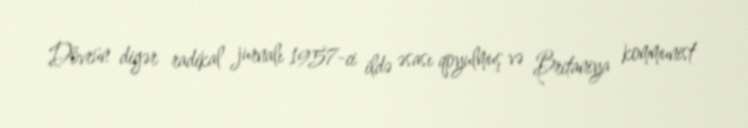
Dövrün digər radikal jurnalı 1957-ci ildə əsası qoyulmuş və Britaniya kommunist